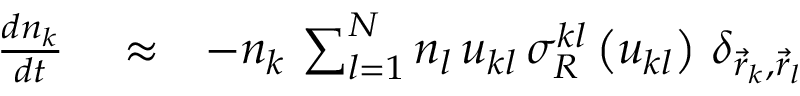
\begin{array} { r l r } { \frac { d n _ { k } } { d t } } & { { } \approx } & { - n _ { k } \, \sum _ { l = 1 } ^ { N } n _ { l } \, u _ { k l } \, \sigma _ { R } ^ { k l } \left( u _ { k l } \right) \, \delta _ { \vec { r } _ { k } , \vec { r } _ { l } } } \end{array}